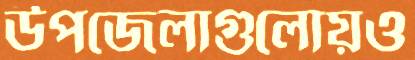
উপজেলাগুলোয়ও